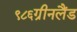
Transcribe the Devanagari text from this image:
९८६ग्रीनलैंड